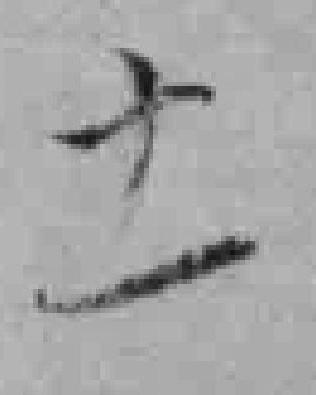
十一